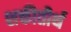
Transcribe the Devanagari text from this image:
शक्तीतीर्थ